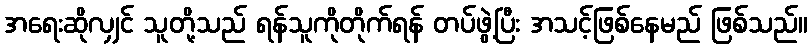
အရေးဆိုလျှင် သူတို့သည် ရန်သူကိုတိုက်ရန် တပ်ဖွဲ့ပြီး အသင့်ဖြစ်နေမည် ဖြစ်သည်။